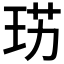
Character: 𤥉